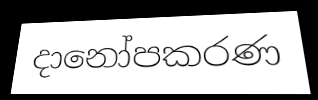
දානෝපකරණ